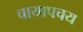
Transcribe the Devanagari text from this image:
चायापचय